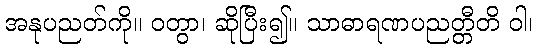
အနုပညတ်ကို။ ဝတွာ၊ ဆိုပြီး၍။ သာဓာရဏပညတ္တီတိ ဝါ၊